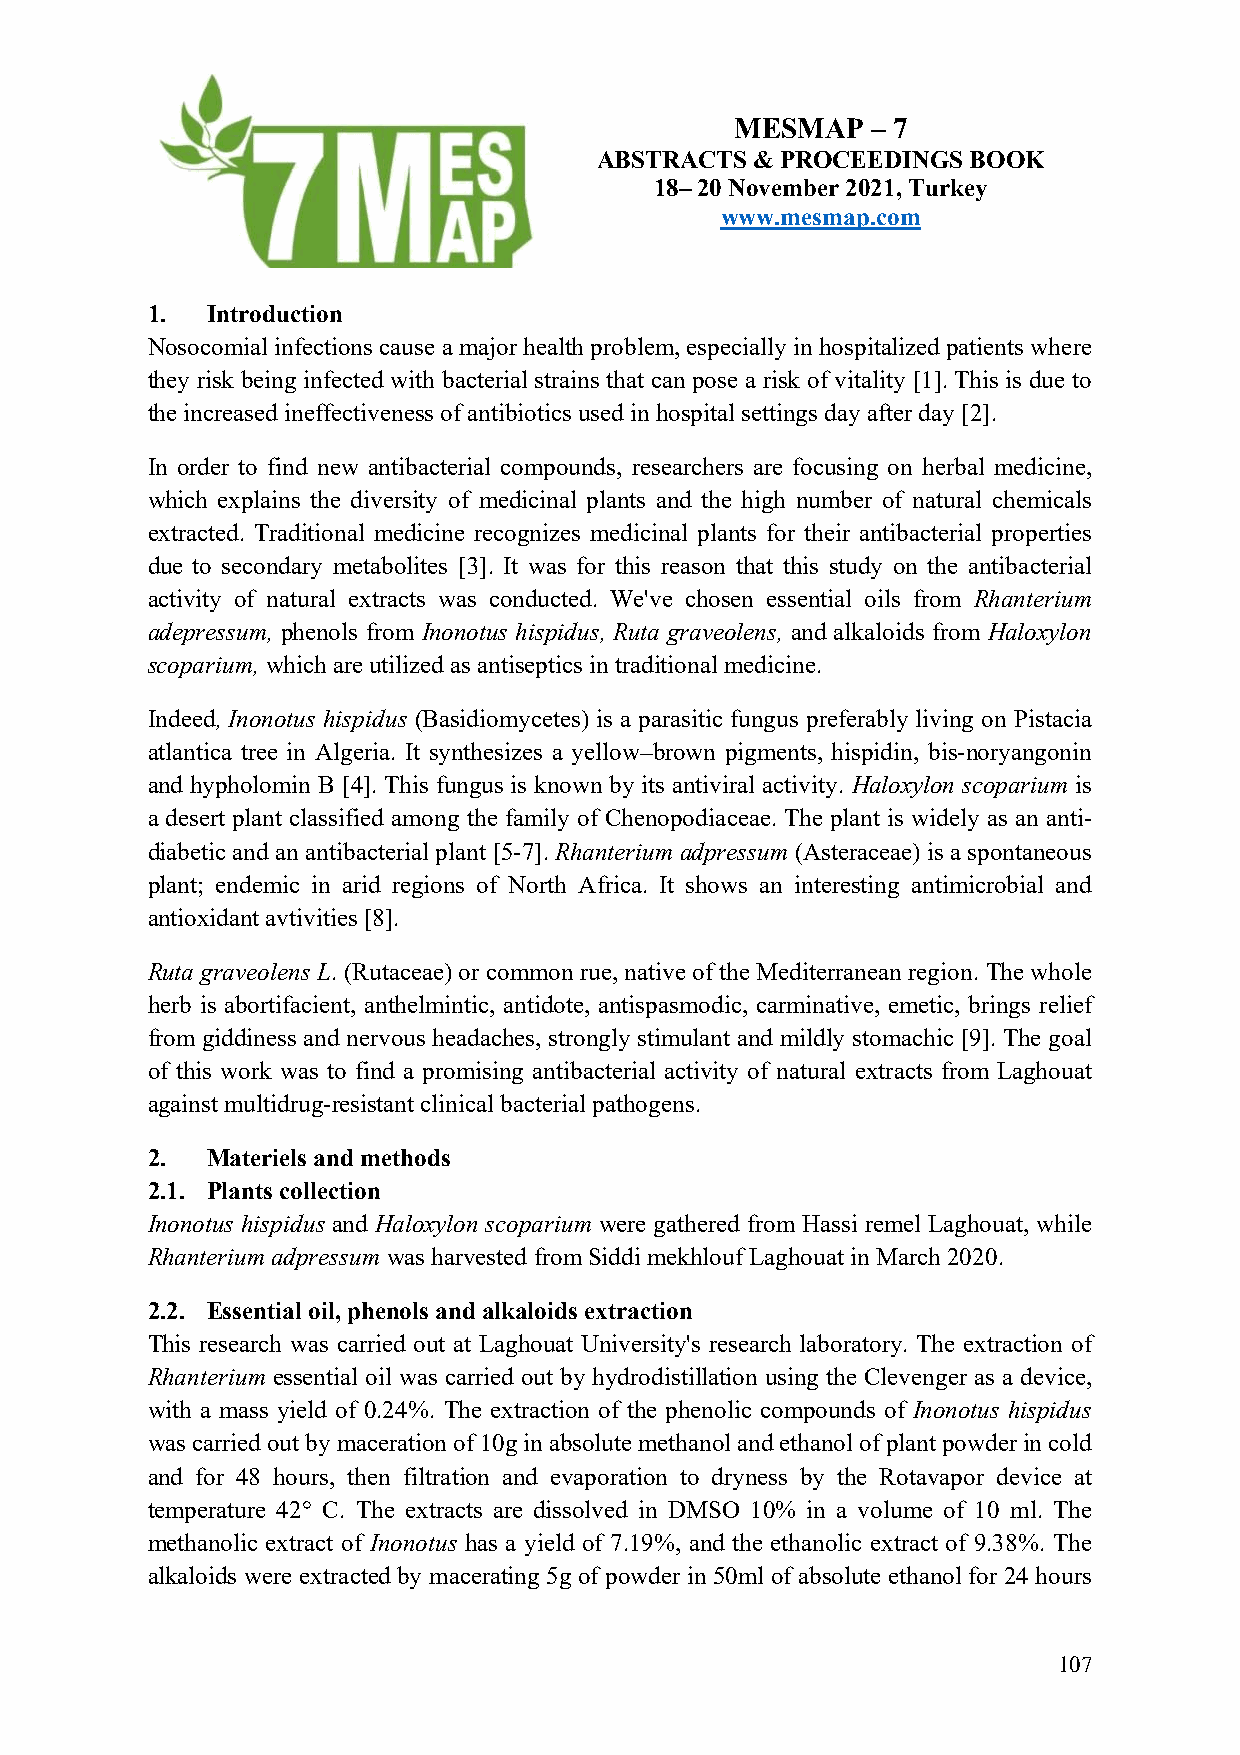
MESMAP   – 7
 ABSTRACTS  & PROCEEDINGS BOOK
 18– 20 November 2021, Turkey
 www.mesmap.com
 1.  Introduction
 Nosocomial infections cause a major health problem, especially in hospitalized patients where
 they risk being infected with bacterial strains that can pose a risk of vitality [1]. This is due to
 the increased ineffectiveness of antibiotics used in hospital settings day after day [2].
 In order to find new antibacterial compounds, researchers are focusing on herbal medicine,
 which explains the diversity of medicinal plants and the high number of natural chemicals
 extracted. Traditional medicine recognizes medicinal plants for their antibacterial properties
 due to secondary metabolites [3]. It was for this reason that this study on the antibacterial
 activity of natural extracts was conducted. We've chosen essential oils from Rhanterium
 adepressum, phenols from Inonotus hispidus, Ruta graveolens, and alkaloids from Haloxylon
 scoparium, which are utilized as antiseptics in traditional medicine.
 Indeed, Inonotus hispidus (Basidiomycetes) is a parasitic fungus preferably living on Pistacia
 atlantica tree in Algeria. It synthesizes a yellow–brown pigments, hispidin, bis-noryangonin
 and hypholomin B [4]. This fungus is known by its antiviral activity. Haloxylon scoparium is
 a desert plant classified among the family of Chenopodiaceae. The plant is widely as an anti-
 diabetic and an antibacterial plant [5-7]. Rhanterium adpressum (Asteraceae) is a spontaneous
 plant; endemic in arid regions of North Africa. It shows an interesting antimicrobial and
 antioxidant avtivities [8].
 Ruta graveolens L. (Rutaceae) or common rue, native of the Mediterranean region. The whole
 herb is abortifacient, anthelmintic, antidote, antispasmodic, carminative, emetic, brings relief
 from giddiness and nervous headaches, strongly stimulant and mildly stomachic [9]. The goal
 of this work was to find a promising antibacterial activity of natural extracts from Laghouat
 against multidrug-resistant clinical bacterial pathogens.
 2.  Materiels and methods
 2.1. Plants collection
 Inonotus hispidus and Haloxylon scoparium were gathered from Hassi remel Laghouat, while
 Rhanterium adpressum was harvested from Siddi mekhlouf Laghouat in March 2020.
 2.2. Essential oil, phenols and alkaloids extraction
 This research was carried out at Laghouat University's research laboratory. The extraction of
 Rhanterium essential oil was carried out by hydrodistillation using the Clevenger as a device,
 with a mass yield of 0.24%. The extraction of the phenolic compounds of Inonotus hispidus
 was carried out by maceration of 10g in absolute methanol and ethanol of plant powder in cold
 and for 48 hours, then filtration and evaporation to dryness by the Rotavapor device at
 temperature 42° C. The extracts are dissolved in DMSO 10% in a volume of 10 ml. The
 methanolic extract of Inonotus has a yield of 7.19%, and the ethanolic extract of 9.38%. The
 alkaloids were extracted by macerating 5g of powder in 50ml of absolute ethanol for 24 hours
 107